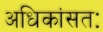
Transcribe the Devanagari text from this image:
अधिकांसतः